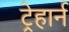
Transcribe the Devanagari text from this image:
ट्रेहार्न